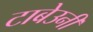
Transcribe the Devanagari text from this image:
टाबेउनी